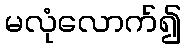
မလုံလောက်၍